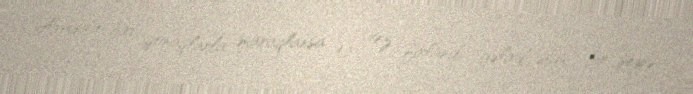
Arada o biri qonaqlarla maraqlansa da, tez fırlanıb gəlirdi, əlimi bir şeyə